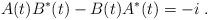
LaTeX: \begin{align*}A(t)B^\ast(t)-B(t)A^\ast(t)=-i\;.\end{align*}